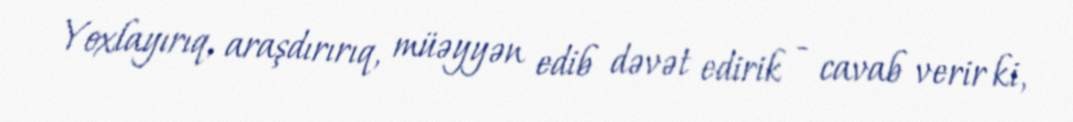
Yoxlayırıq, araşdırırıq, müəyyən edib dəvət edirik - cavab verir ki,